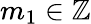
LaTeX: m_{1}\in\mathbb{Z}